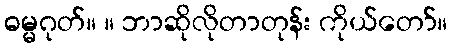
ဓမ္မဂုတ်။ ။ ဘာဆိုလိုတာတုန်း ကိုယ်တော်။